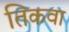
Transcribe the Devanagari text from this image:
तिकवा